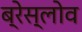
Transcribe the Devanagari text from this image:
ब्रेस्लोव